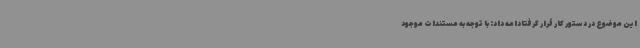
این موضوع در دستور کار قرار گرفتادامه داد: با توجه به مستندات موجود